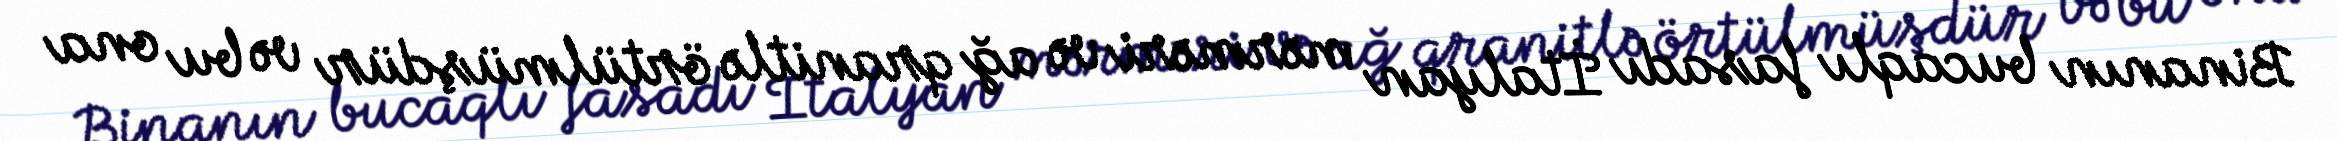
Binanın bucaqlı fasadı İtalyan mərməri və ağ qranitlə örtülmüşdür və bu ona